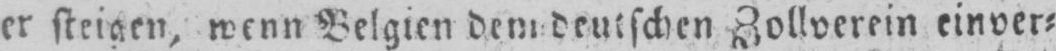
er steigen, wenn Belgien dem deutschen Zollverein einver⸗